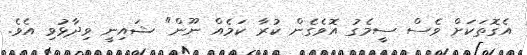
އެގޮތަކަށް ވެސް ސީމެގު އޮވެގެން ކުރާ ކަމެއް ނޫން" ޝައިނީ ވިދާޅުވި އެވެ.